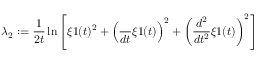
\lambda _ { 2 } : = \frac { 1 } { 2 t } \ln \left[ \xi 1 ( t ) ^ { 2 } + { \left( \frac { \d } { d t } \xi 1 ( t ) \right) } ^ { 2 } + { \left( \frac { d ^ { 2 } } { d t ^ { 2 } } \xi 1 ( t ) \right) } ^ { 2 } \right]